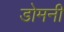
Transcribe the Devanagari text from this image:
डोमनी